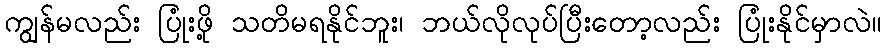
ကျွန်မလည်း ပြုံးဖို့ သတိမရနိုင်ဘူး၊ ဘယ်လိုလုပ်ပြီးတော့လည်း ပြုံးနိုင်မှာလဲ။